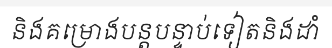
និងគម្រោងបន្តបន្ទាប់ទៀតនិងដាំ